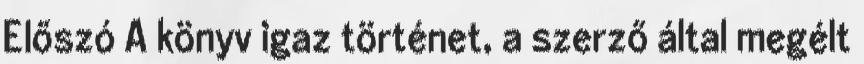
Előszó A könyv igaz történet, a szerző által megélt